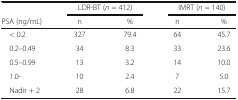
<table><thead><tr><td></td><td colspan="2"><b>LDR-BT (<i>n</i> = 412)</b></td><td colspan="2"><b>IMRT (<i>n</i> = 140)</b></td></tr><tr><td><b>PSA (ng/mL)</b></td><td><b>n</b></td><td><b>%</b></td><td><b>n</b></td><td><b>%</b></td></tr></thead><tbody><tr><td> &lt; 0.2</td><td>327</td><td>79.4</td><td>64</td><td>45.7</td></tr><tr><td> 0.2–0.49</td><td>34</td><td>8.3</td><td>33</td><td>23.6</td></tr><tr><td> 0.5–0.99</td><td>13</td><td>3.2</td><td>14</td><td>10.0</td></tr><tr><td> 1.0-</td><td>10</td><td>2.4</td><td>7</td><td>5.0</td></tr><tr><td> Nadir + 2</td><td>28</td><td>6.8</td><td>22</td><td>15.7</td></tr></tbody></table>